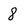
Character: 8